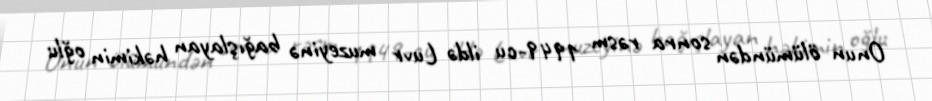
Onun ölümündən sonra rəsm 1949-cu ildə Luvr muzeyinə bağışlayan həkimin oğlu